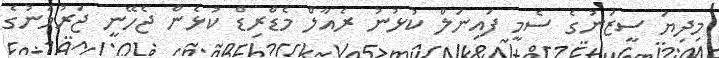
މިދިޔަ ސީޒަނުގެ ސެމީ ފައިނަލް ކުޅުނު ރެއާލް މެޑްރިޑް ކުޅެން ޖެހޭނީ ޖަރުމަނުގެ